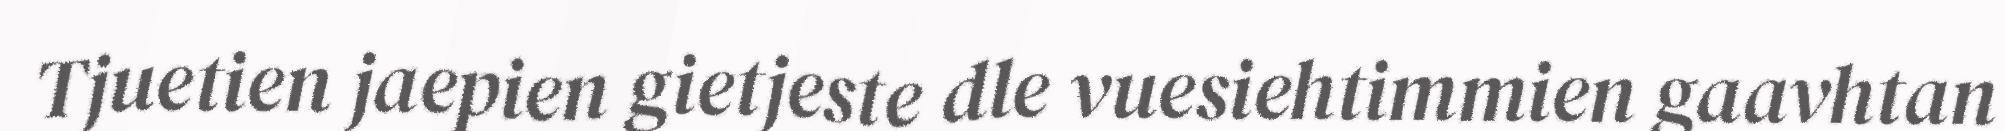
Tjuetien jaepien gietjeste dle vuesiehtimmien gaavhtan